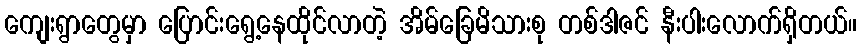
ကျေးရွာတွေမှာ ပြောင်းရွေ့နေထိုင်လာတဲ့ အိမ်ခြေမိသားစု တစ်ဒါဇင် နီးပါးလောက်ရှိတယ်။